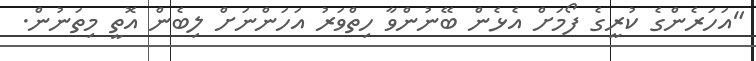
"އަހަރެންގެ ކުރީގެ ފޯމަށް އެޅެން ބޭނުންވާ ހިތްވަރު އަހަންނަށް ލިބެން އޮތީ މިތަނުން.